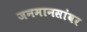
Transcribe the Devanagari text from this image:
जनमानसांवर